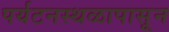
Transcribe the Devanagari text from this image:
पर्यटनस्थळापासून